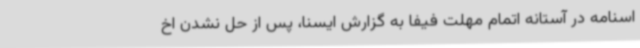
اسنامه در آستانه اتمام مهلت فیفا به گزارش ایسنا، پس از حل نشدن اخ